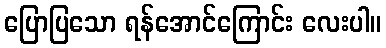
ပြောပြသော ရန်အောင်ကြောင်း လေးပါ။